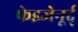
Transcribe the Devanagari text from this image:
फेइजेनूर्द्